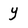
Character: Y